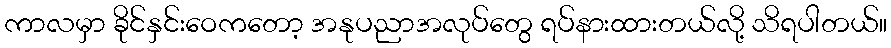
ကာလမှာ ခိုင်နှင်းဝေကတော့ အနုပညာအလုပ်တွေ ရပ်နားထားတယ်လို့ သိရပါတယ်။